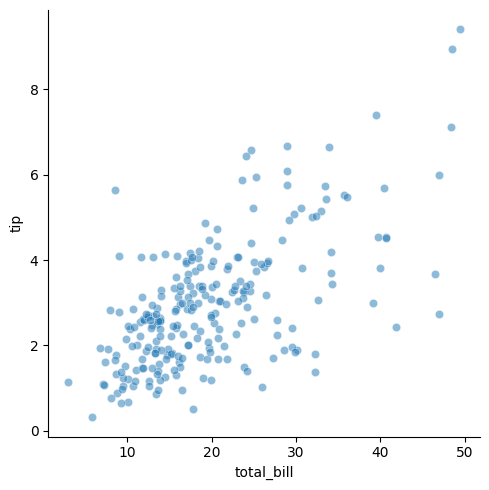
python, seaborn, relplot, alpha=0.5